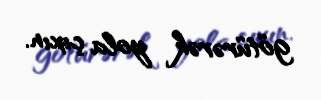
götürərək yola çıxın.